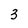
Character: 3